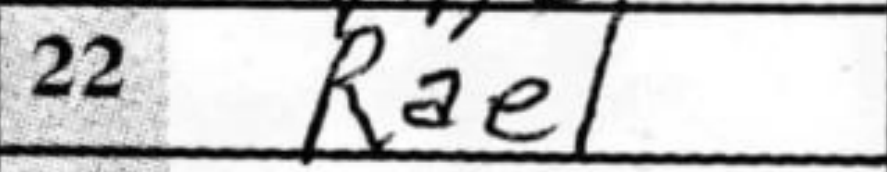
Transcription: Rae1